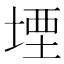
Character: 堙